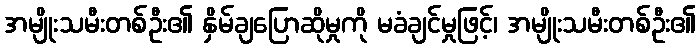
အမျိုးသမီးတစ်ဦး၏ နှိမ်ချပြောဆိုမှုကို မခံချင်မှုဖြင့်၊ အမျိုးသမီးတစ်ဦး၏